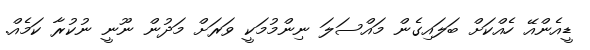
ޑީއެންއޭ ހެއްކަށް ބަލައިގެން މައްސަލަ ނިންމުމަކީ ވަރަށް މަދުން ނޫނީ ނުކުރާ ކަމެއް.